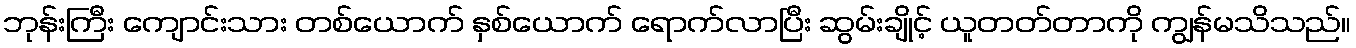
ဘုန်းကြီး ကျောင်းသား တစ်ယောက် နှစ်ယောက် ရောက်လာပြီး ဆွမ်းချိုင့် ယူတတ်တာကို ကျွန်မသိသည်။